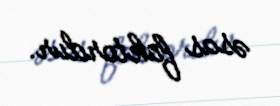
əsas faktordur.